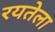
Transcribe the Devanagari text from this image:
रयतेला